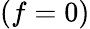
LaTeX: (f=0)